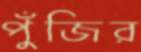
পুঁজির